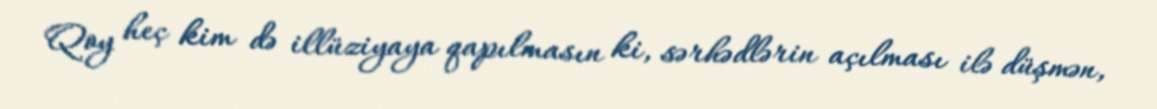
Qoy heç kim də illüziyaya qapılmasın ki, sərhədlərin açılması ilə düşmən,